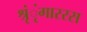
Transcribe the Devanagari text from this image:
श्रृंृंगाररस